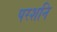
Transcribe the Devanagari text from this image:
परशनि